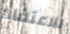
للاعتقاد